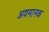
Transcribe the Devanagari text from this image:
अवमानक